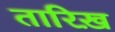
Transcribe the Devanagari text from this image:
तारिख़